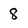
Character: 8